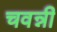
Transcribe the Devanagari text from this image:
चवन्नी